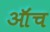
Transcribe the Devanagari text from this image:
ऑंच